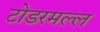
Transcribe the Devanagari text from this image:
टोडरमल्ल